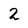
Character: 2